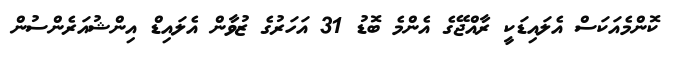
ކޮންމެއަކަސް އެލައިޑަކީ ރާއްޖޭގެ އެންމެ ބޮޑު 31 އަަހަރުގެ ޒުވާން އެލައިޑް އިންޝުއަރެންސުން